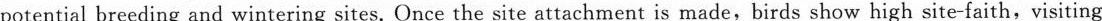
potential breeding and wintering sites. Once the site attachment is made,birds show high site-faith,visiting